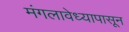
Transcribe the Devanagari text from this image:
मंगलावेध्यापासून